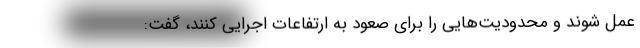
عمل شوند و محدودیت‌هایی را برای صعود به ارتفاعات اجرایی کنند، گفت: